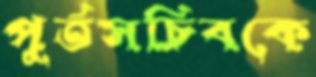
পূর্তসচিবকে